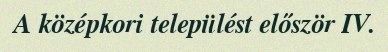
A középkori települést először IV.